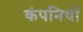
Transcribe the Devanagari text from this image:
कंपनियों